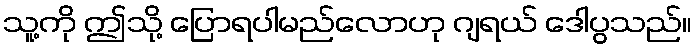
သူ့ကို ဤသို့ ပြောရပါမည်လောဟု ဂျရယ် ဒေါပွသည်။